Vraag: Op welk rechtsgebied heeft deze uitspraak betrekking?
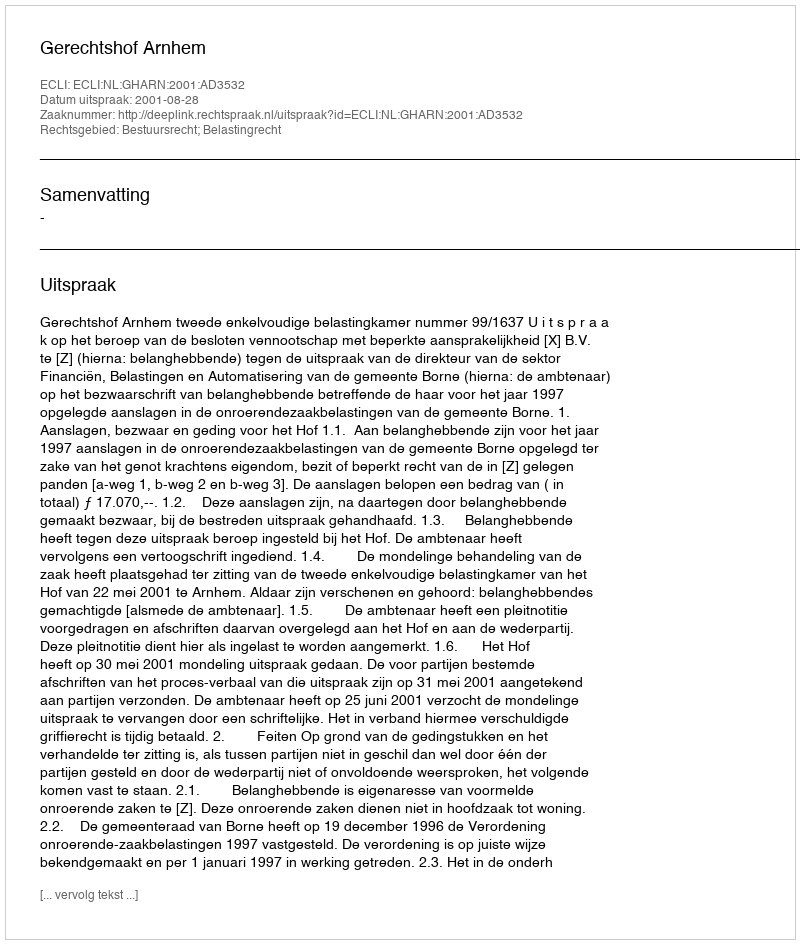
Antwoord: Bestuursrecht; Belastingrecht